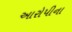
આરોપીના